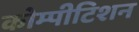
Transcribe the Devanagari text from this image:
कोम्पीटिशन